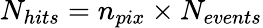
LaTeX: N_{hits}=n_{pix}\times N_{events}